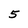
Character: 5